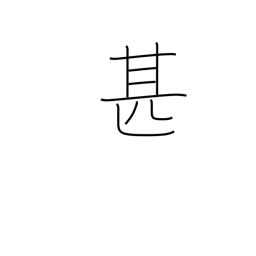
Meaning: very